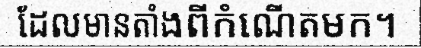
ដែលមានតាំងពីកំណើតមក។